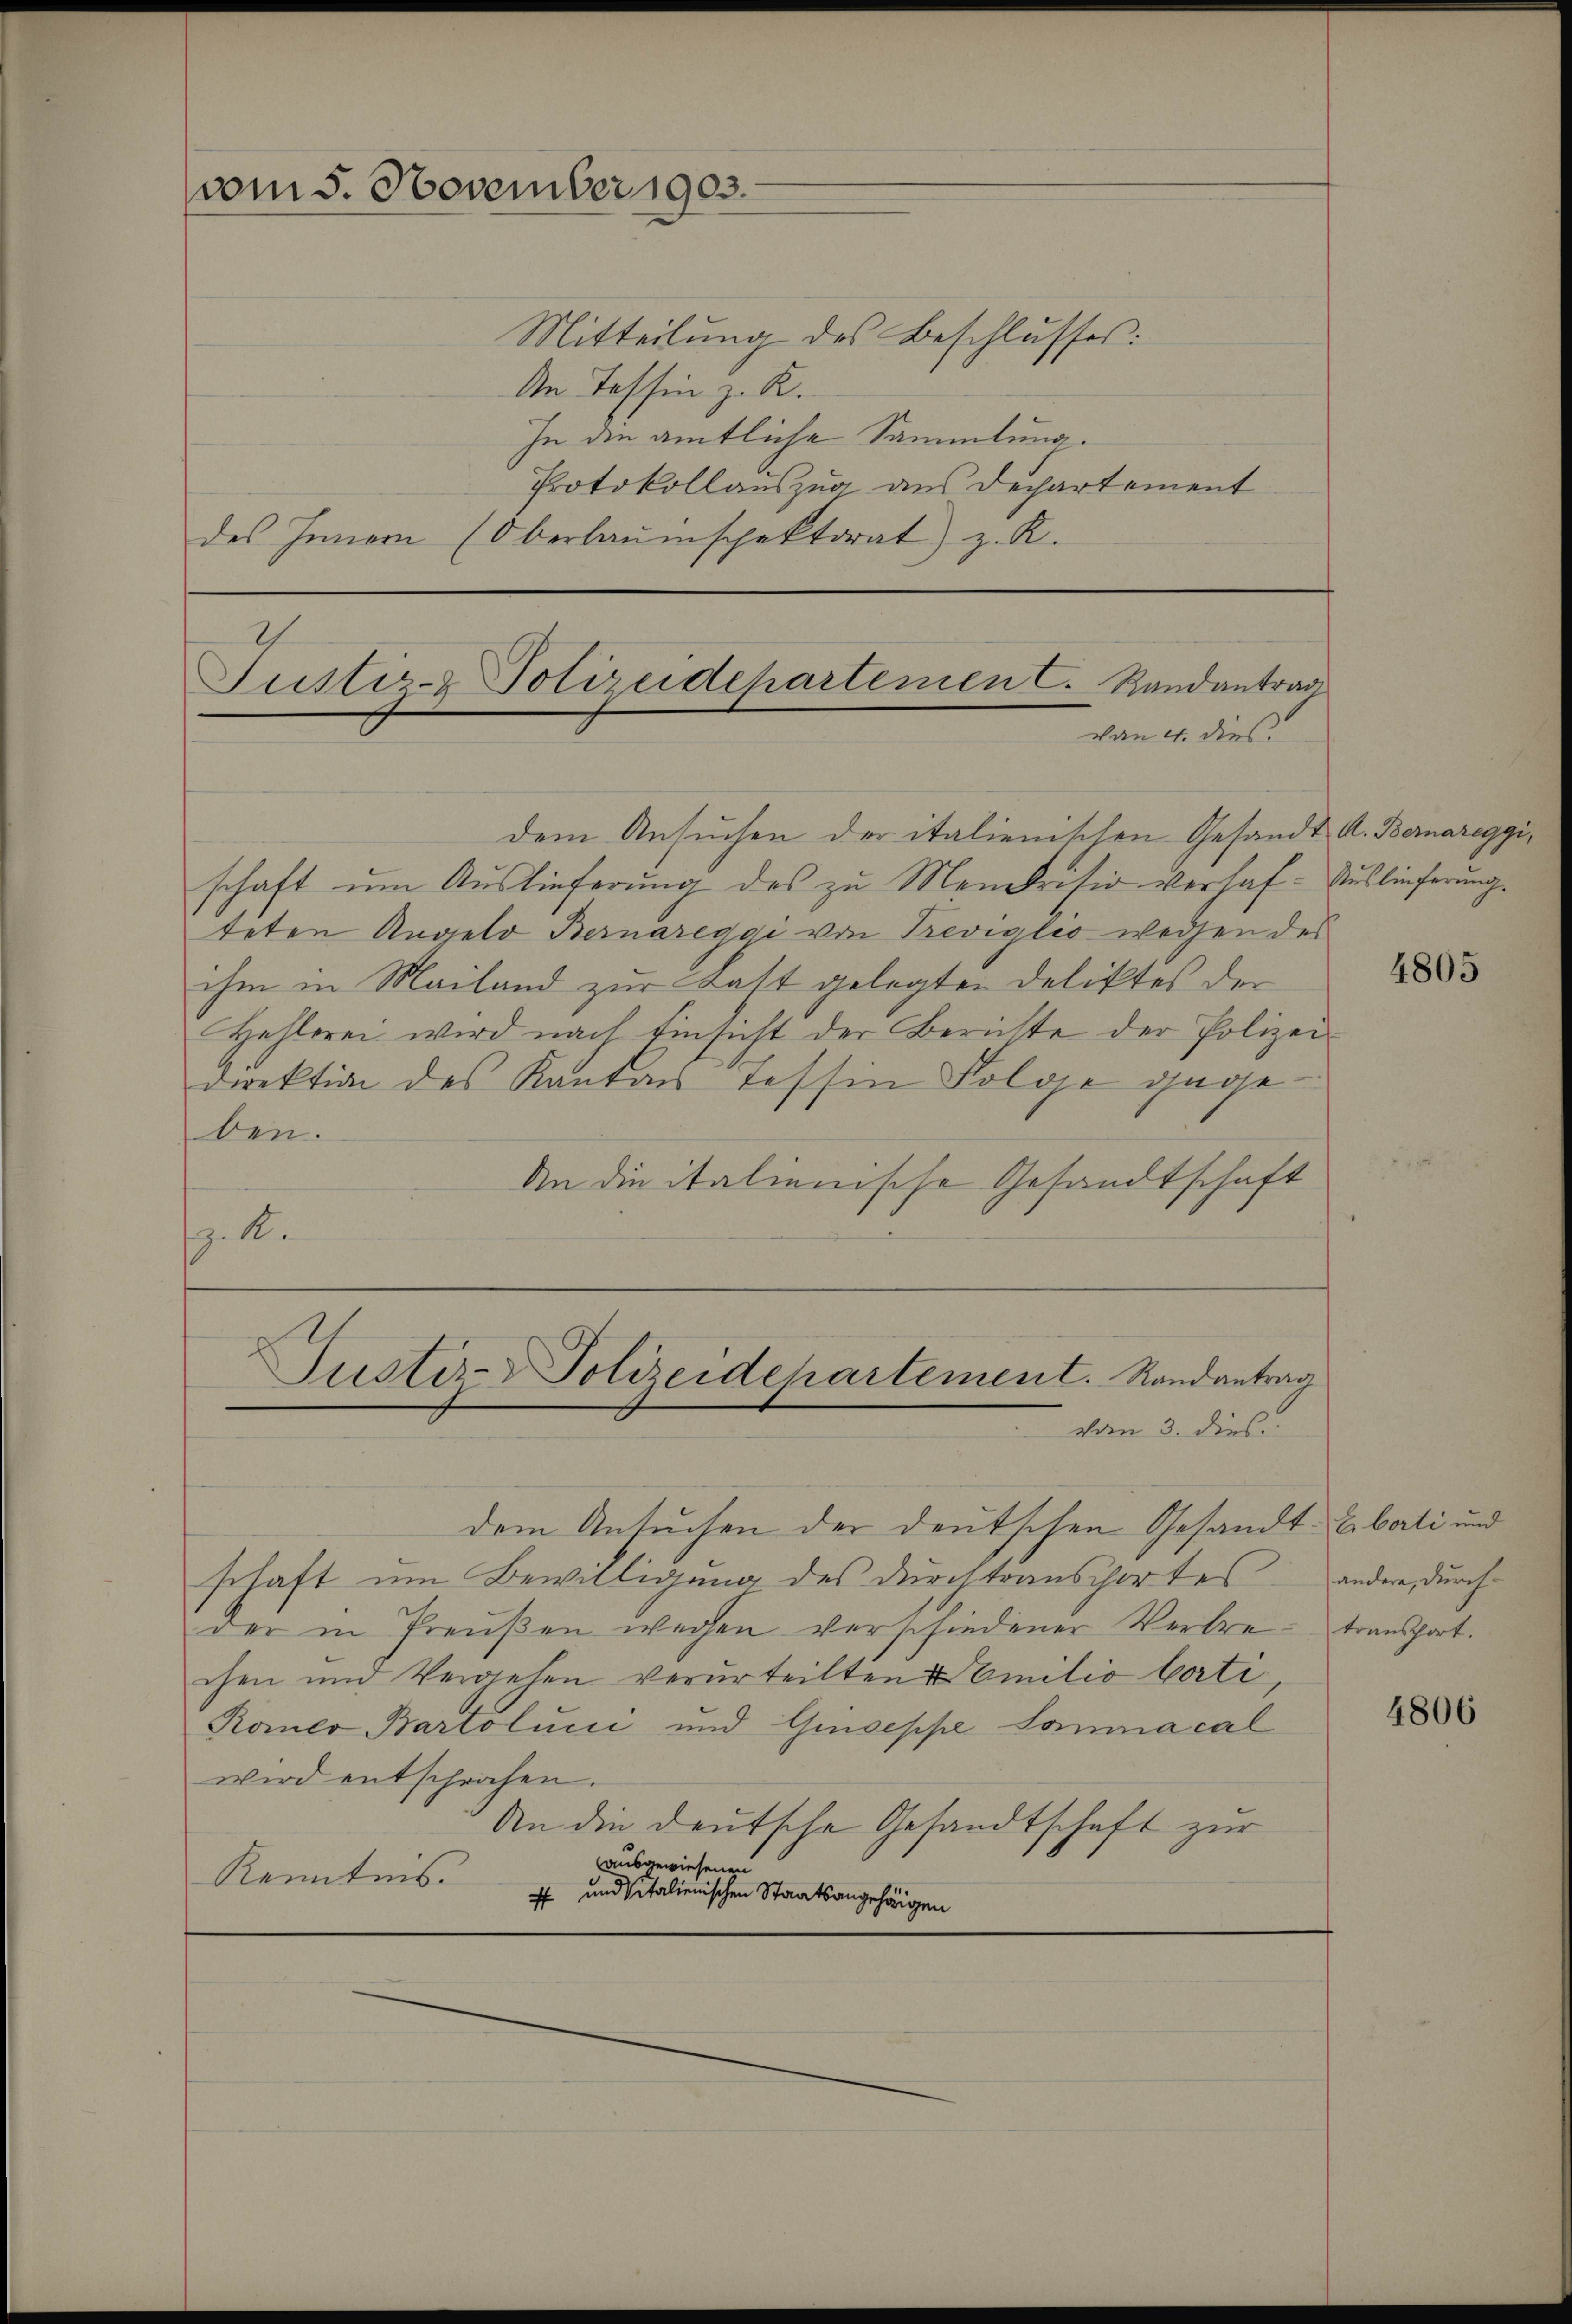
vom 5. November 1903.

Mitteilung des Beschlusses:
An Tessin z. R.
In die amtliche Sammlung.
Protokollauszug aus Dechartement
des Innern (Oberlaŭmspektorat) z. R.

I
Justiz- & Polizeidehartemen C. Randantrag
von 4. dies

dem Ansuchen der italienischen Gesandt A. Bernareggi,
schaft um Auslieferung des zu Mendresio verhaf- Auslieferungteten Angelo Bernareggi von Treviglio wegen des
ihm in Mailand zur Katt gelegten Deliktes der
Hehlerei wird nach Einsicht der Berichte der Polizeidirektion des Kantons Tessin Folge gegeben.
An die italienische Gesandtschaft
. A.

Justiz-Polizeidepartement. Randantrag
vom 3. dies

dem Ansuchen der deutschen Gesand
schaft um Bewilligung des durchtransportes
der in Preußen wegen verschiedener Verbrechen und Vergehen verurteilten Familio borti¬
Romeo Bartolice und Giuseppe Sonnacal
wird entschrochen.
An die deutsche Gesandtschaft zur
ausgewiesenen
Kenntnis
ff und sitalienischen Staatsangehörigen

4805

A.Erborti und
andere, durchtransport.

4806